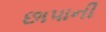
છાપાની